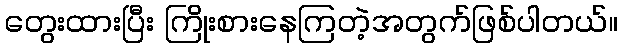
တွေးထားပြီး ကြိုးစားနေကြတဲ့အတွက်ဖြစ်ပါတယ်။